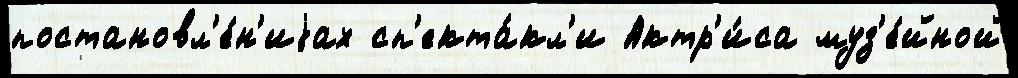
постановл'е́н'иjах сп'екта́кл'и Актр'и́са муз'е́йной